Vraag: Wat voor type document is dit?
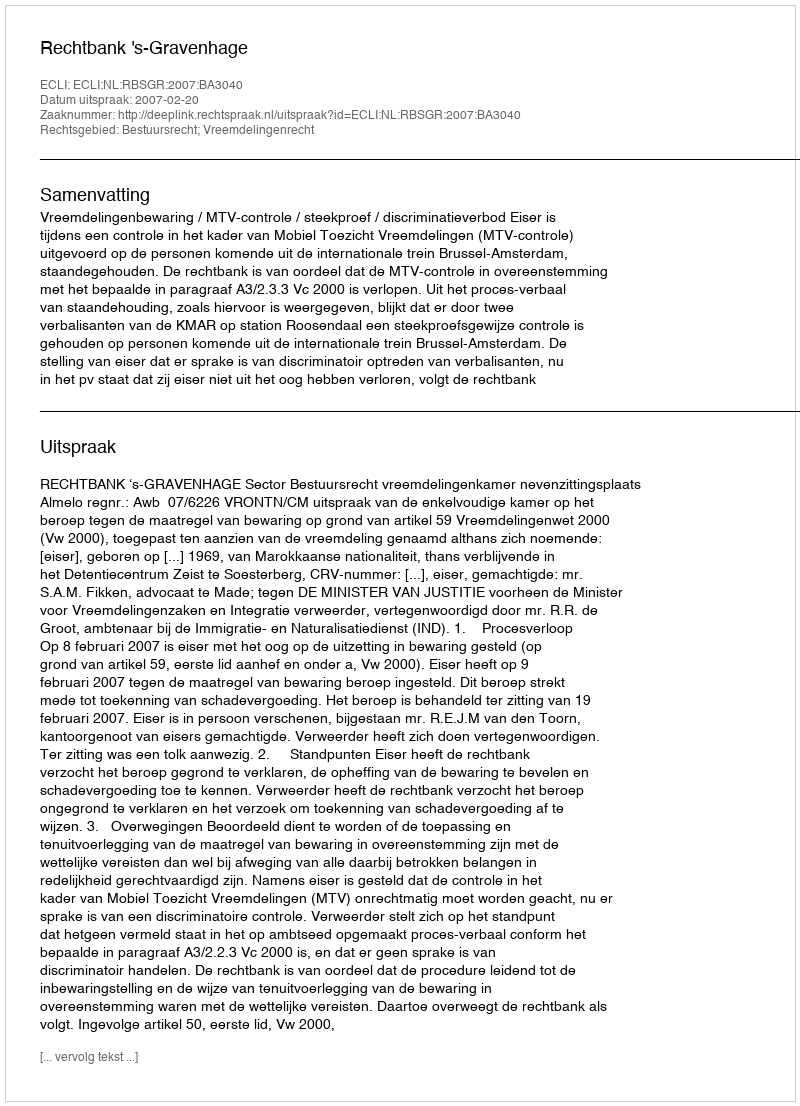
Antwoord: Uitspraak